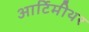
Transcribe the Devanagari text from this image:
आर्टिमीथर